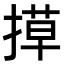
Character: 𭡶